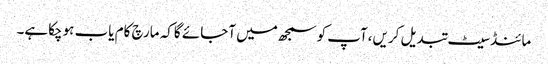
مائنڈسیٹ تبدیل کریں،آپ کوسمجھ میں آجائے گاکہ مارچ کام یاب ہوچکاہے۔